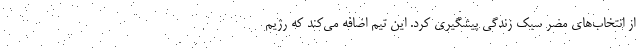
از انتخاب‌های مضر سبک زندگی پیشگیری کرد. این تیم اضافه می‌کند که رژیم